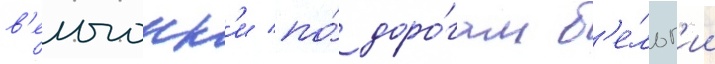
в'елогонк'и по́ доро́гам б'е́льг'ии